Civil Veterinary Dept. Bombay admin report 1907-1913 - 1907-1913
Year: 1907
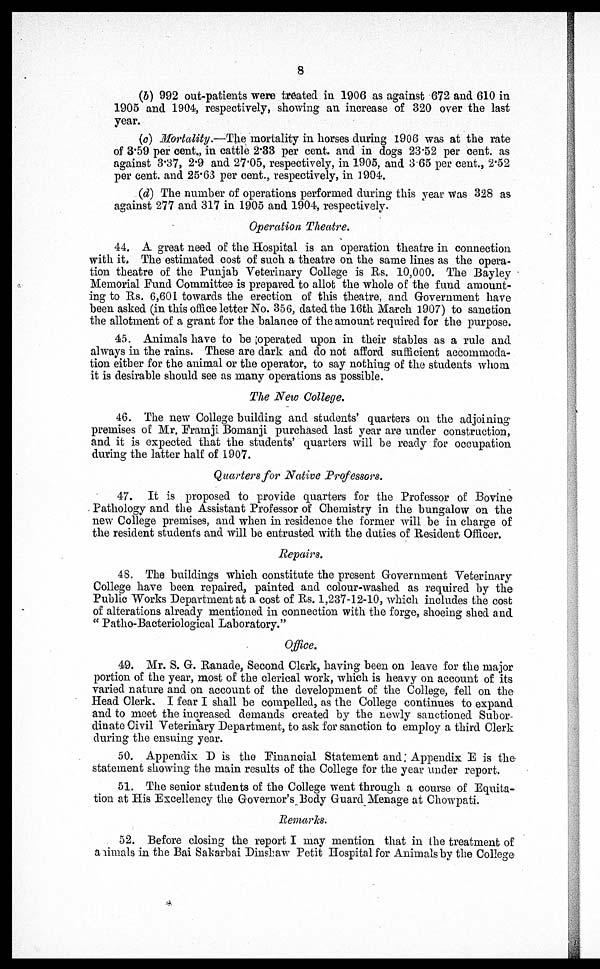
8
(6) 992 out-patients were treated in 1906 as against 672 and 610 in
1905 and 1904, respectively, showing an increase of 320 over the last
year.
(c) Mortality.—The mortality in horses during 1906 was at the rate
of 3.59 per cent., in cattle 2.33 per cent. and in dogs 23.52 per cent. as
against 3.37, 2.9 and 27.05, respectively, in 1905, and 3.65 per cent., 2.52
per cent. and 25.63 per cent., respectively, in 1904.
(d) The number of operations performed during this year Was 328 as
against 277 and 317 in 1905 and 1904, respectively.
Operation Theatre.
44. A great need of the Hospital is an operation theatre in connection
with it. The estimated cost of such a theatre on the same lines as the opera-
tion theatre of the Punjab Veterinary College is Rs. 10,000. The Bayley
Memorial Fund Committee is prepared to allot the whole of the fund amount-
ing to Rs. 6,601 towards the erection of this theatre, and Government have
been asked (in this office letter No. 356, dated the 16th March 1907) to sanction
the allotment of a grant for the balance of the amount required for the purpose.
45. Animals have to be operated upon in their stables as a rule and
always in the rains. These are dark and do not afford sufficient accommoda-
tion either for the animal or the operator, to say nothing of the students whom
it is desirable should see as many operations as possible.
The New College.
46. The new College building and students' quarters on the adjoining
premises of Mr. Frainji Bomanji purchased last year are under construction,
and it is expected that the students' quarters will be ready for occupation
during the latter half of 1907.
Quarters for Native Professors.
47. It is proposed to provide quarters for the Professor of Bovine
Pathology and the Assistant Professor of Chemistry in the bungalow on the
new College premises, and when in residence the former will be in charge of
the resident students and will be entrusted with the duties of Resident Officer.
Repairs.
48. The buildings which constitute the present Government Veterinary
College have been repaired, painted and colour-washed as required by the
Public Works Department at a cost of Rs. 1,237-12-10, which includes the cost
of alterations already mentioned in connection with the forge, shoeing shed and
"Patho-Bacteriological Laboratory."
Office.
49. Mr. S. G. Ranade, Second Clerk, having been on leave for the major
portion of the year, most of the clerical work, which is heavy on account of its
varied nature and on account of the development of the College, fell on the
Head Clerk. I fear I shall be compelled, as the College continues to expand
and to meet the increased demands created by the newly sanctioned Subor-
dinate Civil Veterinary Department, to ask for sanction to employ a third Clerk
during the ensuing year.
50. Appendix D is the Financial Statement and; Appendix E is the
statement showing the main results of the College for the year under report.
51. The senior students of the College went through a course of Equita-
tion at His Excellency the Governor's Body Guard Menage at Chowpati.
Remarks.
52. Before closing the report I may mention that in the treatment of
animals in the Bai Sakarbai Dinshaw Petit Hospital for Animals by the College